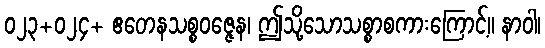
၀၂၃+၀၂၄+ ဧတေနသစ္စဝဇ္ဇေန၊ ဤသို့သောသစ္စာစကားကြောင့်။ နာဝါ၊